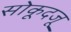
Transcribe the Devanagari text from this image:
सोकूदजू